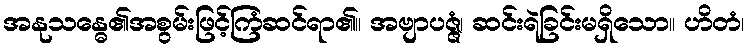
အနုသန္ဓေ၏အစွမ်းဖြင့်ကြံဆင်ရာ၏။ အဗျာပဇ္ဇံ၊ ဆင်းရဲခြင်းမရှိသော။ ဟိတံ၊